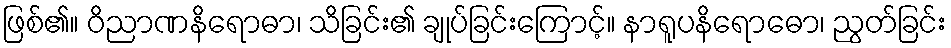
ဖြစ်၏။ ဝိညာဏနိရောဓာ၊ သိခြင်း၏ ချုပ်ခြင်းကြောင့်။ နာရူပနိရောဓော၊ ညွတ်ခြင်း